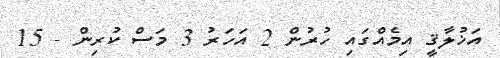
އަޚުލާޤީ އިމެއްގައި ހުރުން 2 އަހަރު 3 މަސް ކުރިން - 15